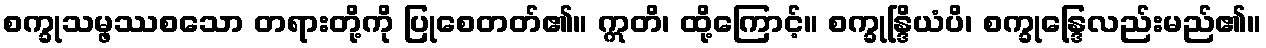
စက္ခုသမ္ဖဿစသော တရားတို့ကို ပြုစေတတ်၏။ ဣတိ၊ ထို့ကြောင့်။ စက္ခုန္ဒြိယံပိ၊ စက္ခုန္ဒြေလည်းမည်၏။